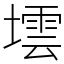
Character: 墵